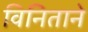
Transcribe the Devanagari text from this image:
विनिताने